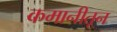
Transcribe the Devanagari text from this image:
कमानीतून